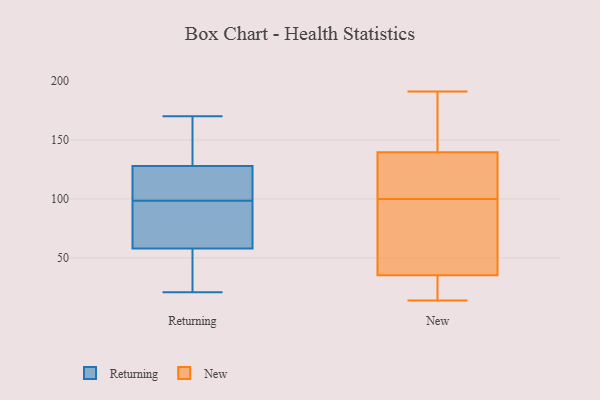
{"axis": {"x": "Waste Production (Tons)", "y": "Value"}, "legend": ["New", "Returning"], "data": [{"x": "", "y": 156, "type": "Returning"}, {"x": "", "y": 58, "type": "Returning"}, {"x": "", "y": 95, "type": "Returning"}, {"x": "", "y": 122, "type": "Returning"}, {"x": "", "y": 83, "type": "Returning"}, {"x": "", "y": 47, "type": "Returning"}, {"x": "", "y": 43, "type": "Returning"}, {"x": "", "y": 33, "type": "Returning"}, {"x": "", "y": 116, "type": "Returning"}, {"x": "", "y": 71, "type": "Returning"}, {"x": "", "y": 170, "type": "Returning"}, {"x": "", "y": 128, "type": "Returning"}, {"x": "", "y": 141, "type": "Returning"}, {"x": "", "y": 102, "type": "Returning"}, {"x": "", "y": 144, "type": "Returning"}, {"x": "", "y": 90, "type": "Returning"}, {"x": "", "y": 21, "type": "Returning"}, {"x": "", "y": 122, "type": "Returning"}, {"x": "", "y": 33, "type": "New"}, {"x": "", "y": 191, "type": "New"}, {"x": "", "y": 125, "type": "New"}, {"x": "", "y": 166, "type": "New"}, {"x": "", "y": 17, "type": "New"}, {"x": "", "y": 166, "type": "New"}, {"x": "", "y": 88, "type": "New"}, {"x": "", "y": 100, "type": "New"}, {"x": "", "y": 144, "type": "New"}, {"x": "", "y": 26, "type": "New"}, {"x": "", "y": 131, "type": "New"}, {"x": "", "y": 14, "type": "New"}, {"x": "", "y": 138, "type": "New"}, {"x": "", "y": 71, "type": "New"}, {"x": "", "y": 36, "type": "New"}, {"x": "", "y": 104, "type": "New"}, {"x": "", "y": 71, "type": "New"}]}